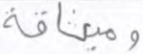
وميثاقه